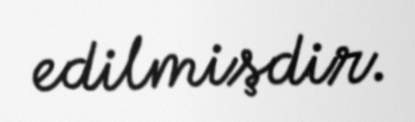
edilmişdir.